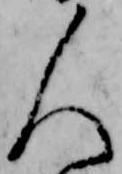
人